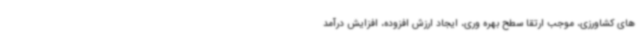
های کشاورزی، موجب ارتقا سطح بهره وری، ایجاد ارزش افزوده، افزایش درآمد